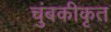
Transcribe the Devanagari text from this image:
चुंबकीकृत